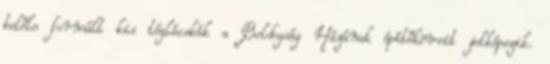
belőle formált kis téglácskák a Boldogság Házának építőköveit jelképezik.